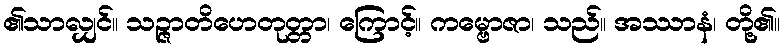
၏သာလျှင်။ သဉ္ဇာတိဟေတုတ္တာ၊ ကြောင့်။ ကမ္ဗောဇာ၊ သည်။ အဿာနံ၊ တို့၏။